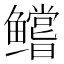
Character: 𱈘